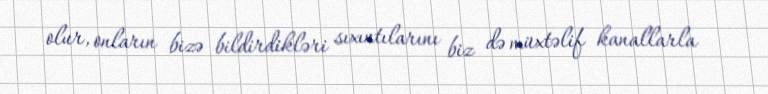
olur, onların bizə bildirdikləri sıxıntılarını biz də müxtəlif kanallarla